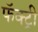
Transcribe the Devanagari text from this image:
फॅक्ट्री